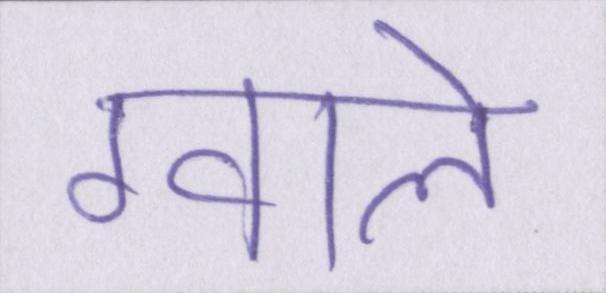
ग्वाले